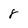
Character: 8